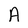
Character: A